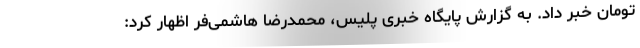
تومان خبر داد. به گزارش پایگاه خبری پلیس، محمدرضا هاشمی‌فر اظهار کرد: